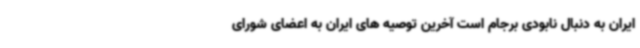
ایران به دنبال نابودی برجام است آخرین توصیه های ایران به اعضای شورای